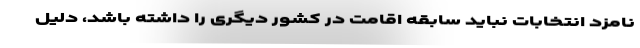
نامزد انتخابات نباید سابقه اقامت در کشور دیگری را داشته باشد، دلیل